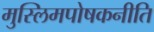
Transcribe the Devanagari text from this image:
मुस्लिमपोषकनीति